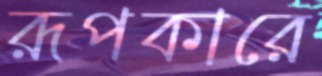
রূপকারে